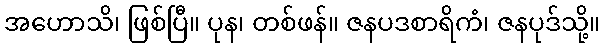
အဟောသိ၊ ဖြစ်ပြီ။ ပုန၊ တစ်ဖန်။ ဇနပဒစာရိကံ၊ ဇနပုဒ်သို့။